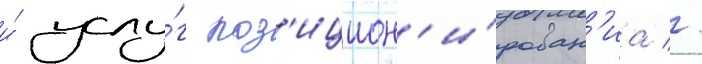
и́ услу́г поз'ицион'и́рован'иа //